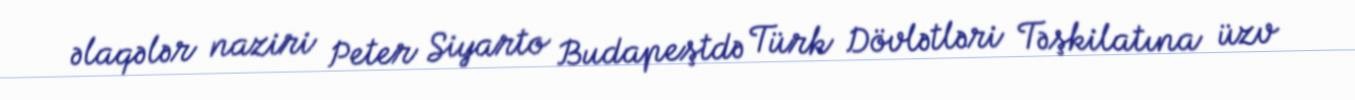
əlaqələr naziri Peter Siyarto Budapeştdə Türk Dövlətləri Təşkilatına üzv